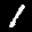
Label: 1